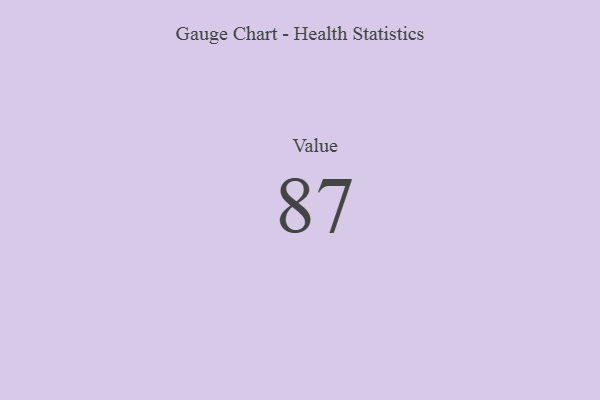
{"axis": {"x": "Metric", "y": "Value"}, "legend": [""], "data": [{"x": "Value", "y": 87, "type": ""}]}